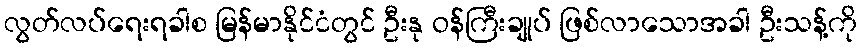
လွတ်လပ်ရေးရခါစ မြန်မာနိုင်ငံတွင် ဦးနု ဝန်ကြီးချုပ် ဖြစ်လာသောအခါ ဦးသန့်ကို